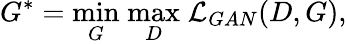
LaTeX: G^{*}=\underset{G}{\mathrm{min}}\; \underset{D}{\mathrm{max}}\; \mathcal{L}_{GAN}(D,G),